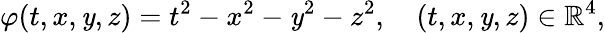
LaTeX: \varphi(t,x,\mathit{y},z)=t^{2}-x^{2}-\mathit{y}^{2}-z^{2},\quad(t,x,\mathit{y},z)\in{\mathbb{R}}^{4},